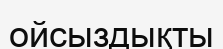
ойсыздықты